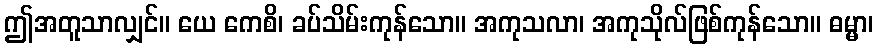
ဤအတူသာလျှင်။ ယေ ကေစိ၊ ခပ်သိမ်းကုန်သော။ အကုသလာ၊ အကုသိုလ်ဖြစ်ကုန်သော။ ဓမ္မာ၊